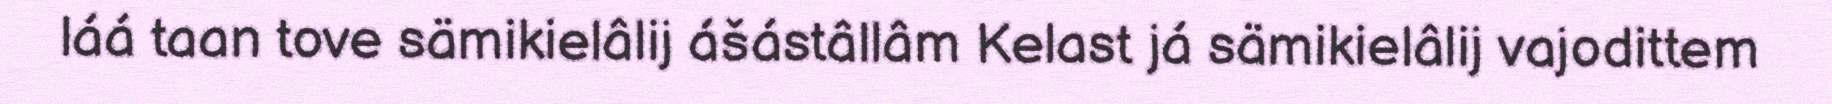
láá taan tove sämikielâlij ášástâllâm Kelast já sämikielâlij vajodittem